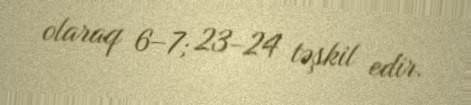
olaraq 6–7; 23–24 təşkil edir.